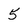
Character: 5